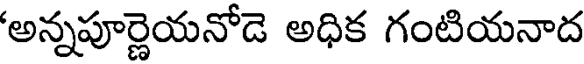
'అన్నపూర్ణెయనోడె అధిక గంటియనాద